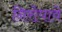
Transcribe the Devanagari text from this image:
निरोपावे